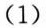
(1)